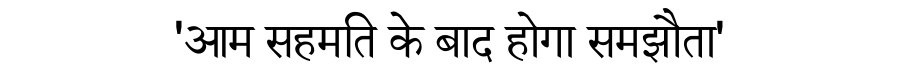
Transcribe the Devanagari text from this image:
'आम सहमति के बाद होगा समझौता'